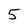
Character: 5